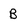
Character: B